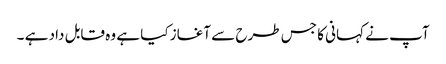
آپ نے کہانی کا جس طرح سے آغاز کیا ہے وہ قابل داد ہے ۔